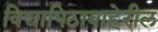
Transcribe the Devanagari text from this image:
विद्यापिठाबाहेरील